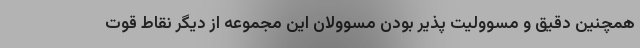
همچنین دقیق و مسوولیت پذیر بودن مسوولان این مجموعه از دیگر نقاط قوت